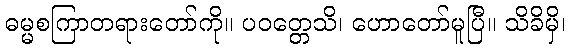
ဓမ္မစကြာတရားတော်ကို။ ပဝတ္တေသိ၊ ဟောတော်မူပြီ။ သိခိမှိ၊